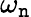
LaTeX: \omega_{\mathtt{n}}